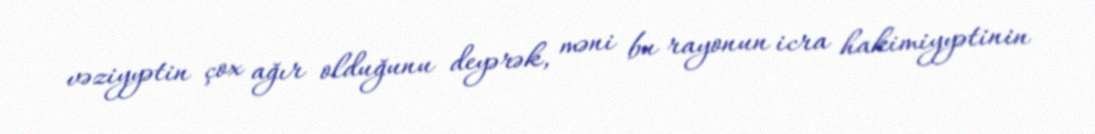
vəziyyətin çox ağır olduğunu deyərək, məni bu rayonun icra hakimiyyətinin